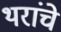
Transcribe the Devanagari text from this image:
थरांचे